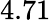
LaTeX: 4.71